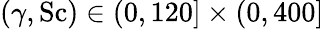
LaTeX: (\gamma,\mathrm{Sc})\in(0,120]\times(0,400]